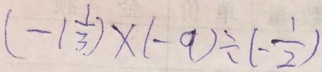
( - 1 \frac { 1 } { 3 } ) \times ( - 9 ) \div ( - \frac { 1 } { 2 } )